Sketch of the medical history of the native army of Bombay, for the year
Year: 1872
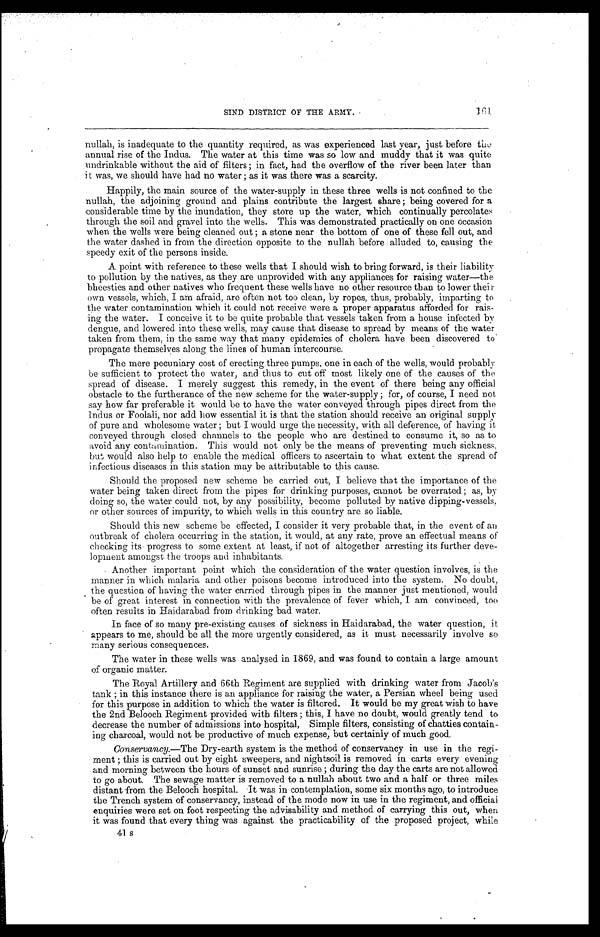
161. SIND DISTRICT OF THE ARMY.
nullah, is inadequate to the quantity required, as was experienced last year, just before the
annual rise of the Indus. The water at this time was so low and muddy that it was quite
undrinkable without the aid of filters; in fact, had the overflow of the river been later than
i t was, we should have had no water; as it was there was a scarcity.
Happily, the main source of the water-supply in these three wells is not confined to the
nullah, the adjoining ground and plains contribute the largest share; being covered for a
considerable time by the inundation, they store up the water, which continually percolates
through the soil and gravel into the wells. This was demonstrated practically on one occasion
when the wells were being cleaned out; a stone near the bottom of one of these fell out, and
the water dashed in from the direction opposite to the nullah before alluded to, causing the
speedy exit of the persons inside.
A point with reference to these wells that I should wish to bring forward, is their liability
to pollution by the natives, as they are unprovided with any appliances for raising water—the
bheesties and other natives who frequent these wells have no other resource than to lower their
own vessels, which, I am afraid, are often not too clean, by ropes, thus, probably, imparting to
.
the water contamination which it could not receive were a proper apparatus afforded for rais-
ing the water. I conceive it to be quite probable that vessels taken from a house infected by
dengue, and lowered into these wells, may cause that disease to spread by means of the water
taken from them, in the same way that many epidemics of cholera have been discovered to
propagate themselves along the lines of human intercourse.
The mere pecuniary cost of erecting three pumps, one in each of the wells, would probably
be sufficient to protect the water, and thus to cut off most likely one of the causes of the
spread of disease. I merely suggest this remedy, in the event of there being any official
obstacle to the furtherance of the new scheme for the water-supply; for, of course, I need not
say how far preferable it would be to have the water conveyed through pipes direct from the
Indus or Foolali, nor add how essential it is that the station should receive an original supply
of pure and wholesome water; but I would urge the necessity, with all deference, of having it
conveyed through closed channels to the people who are destined to consume it, so as to
avoid any contamination. This would not only be the means of preventing much sickness,
but would also help to enable the medical officers to ascertain to what extent the spread of
infectious diseases in this station may be attributable to this cause.
Should the proposed new scheme be carried out, I believe that the importance of the
water being taken direct from the pipes for drinking purposes, cannot be overrated; as, by
doing so, the water could not, by any possibility, become polluted by native dipping-vessels,
or other sources of impurity, to which wells in this country are so liable.
Should this new scheme be effected, I consider it very probable that, in the event of an
outbreak of cholera occurring in the station, it would, at any rate, prove an effectual means of
checking its progress to some extent at least, if not of altogether arresting its further deve-
lopment amongst the troops and inhabitants.
• Another important point which the consideration of the water question involves, is the
manner in which malaria and other poisons become introduced into the system. No doubt,
the question of having the water carried through pipes in the manner just mentioned, would
be of great interest in connection with the prevalence of fever which, I am convinced, too
often results in Haidarabad from drinking bad water.
In face of so many pre-existing causes of sickness in Haidarabad, the water question, it
appears to me, should be all the more urgently considered, as it must necessarily involve so
many serious consequences.
The water in these wells was analysed in 1869, and was found to contain a large amount
of organic matter.
The Royal Artillery and 66th Regiment are supplied with drinking water from Jacob's
tank; in this instance there is an appliance for raising the water, a Persian wheel being used
for this purpose in addition to which the water is filtered. It would be my great wish to have
the 2nd Belooch Regiment provided with filters; this, I have no doubt, would greatly tend to
decrease the number of admissions into hospital, Simple filters, consisting of chatties contain-
ing charcoal, would not be productive of much expense, but certainly of much good.
Conservancy.—The Dry-earth system is the method of conservancy in use in the regi-
ment; this is carried out by eight sweepers, and nightsoil is removed in carts every evening
and morning between the hours of sunset and sunrise; during the day the carts are not allowed
to go about. The sewage matter is removed to a nullah about two and a half or three miles
distant from the Belooch hospital. It was in contemplation, some six months ago, to introduce
the Trench system of conservancy, instead of the mode now in use in the regiment, and official
enquiries were set on foot respecting the advisability and method of carrying this out, when
it was found that every thing was against the practicability of the proposed project, while
41 s